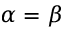
\alpha = \beta